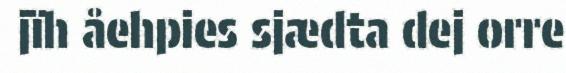
jïh åehpies sjædta dej orre